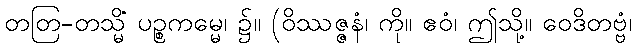
တတြ-တသ္မိံ ပဉ္စကမ္မေ၊ ၌။ (ဝိဿဇ္ဇနံ၊ ကို။ ဧဝံ၊ ဤသို့။ ဝေဒိတဗ္ဗံ၊